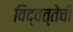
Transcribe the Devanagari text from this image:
विद्वत्तेची